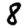
Digit: 8